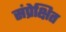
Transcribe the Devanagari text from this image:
संप्रेक्षित